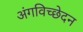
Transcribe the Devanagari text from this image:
अंगविच्छेदन